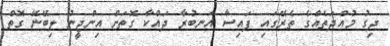
ދިގު މުއްދަތެއްގެ ތެރޭގައި ފައިސާ އަނބުރާ ދައްކާ ގޮތަށް އިންޖީނު ލިބޭނޭ ގޮތް